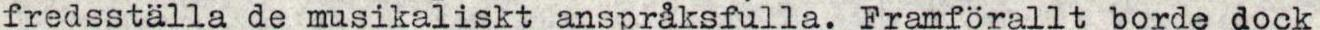
fredsställa de musikaliskt anspråksfulla. Framförallt borde dock